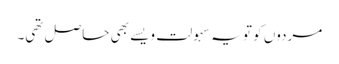
مردوں کو تو یہ سہولت ویسے بھی حاصل تھی۔